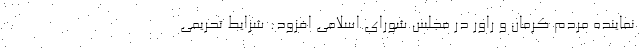
نماینده مردم کرمان و راور در مجلس شورای اسلامی افزود: شرایط تحریمی